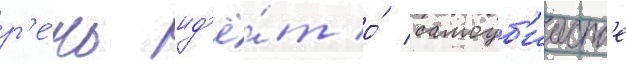
р'е́чь ид'ё́т о́ самоуб'ииств'е